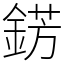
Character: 錺